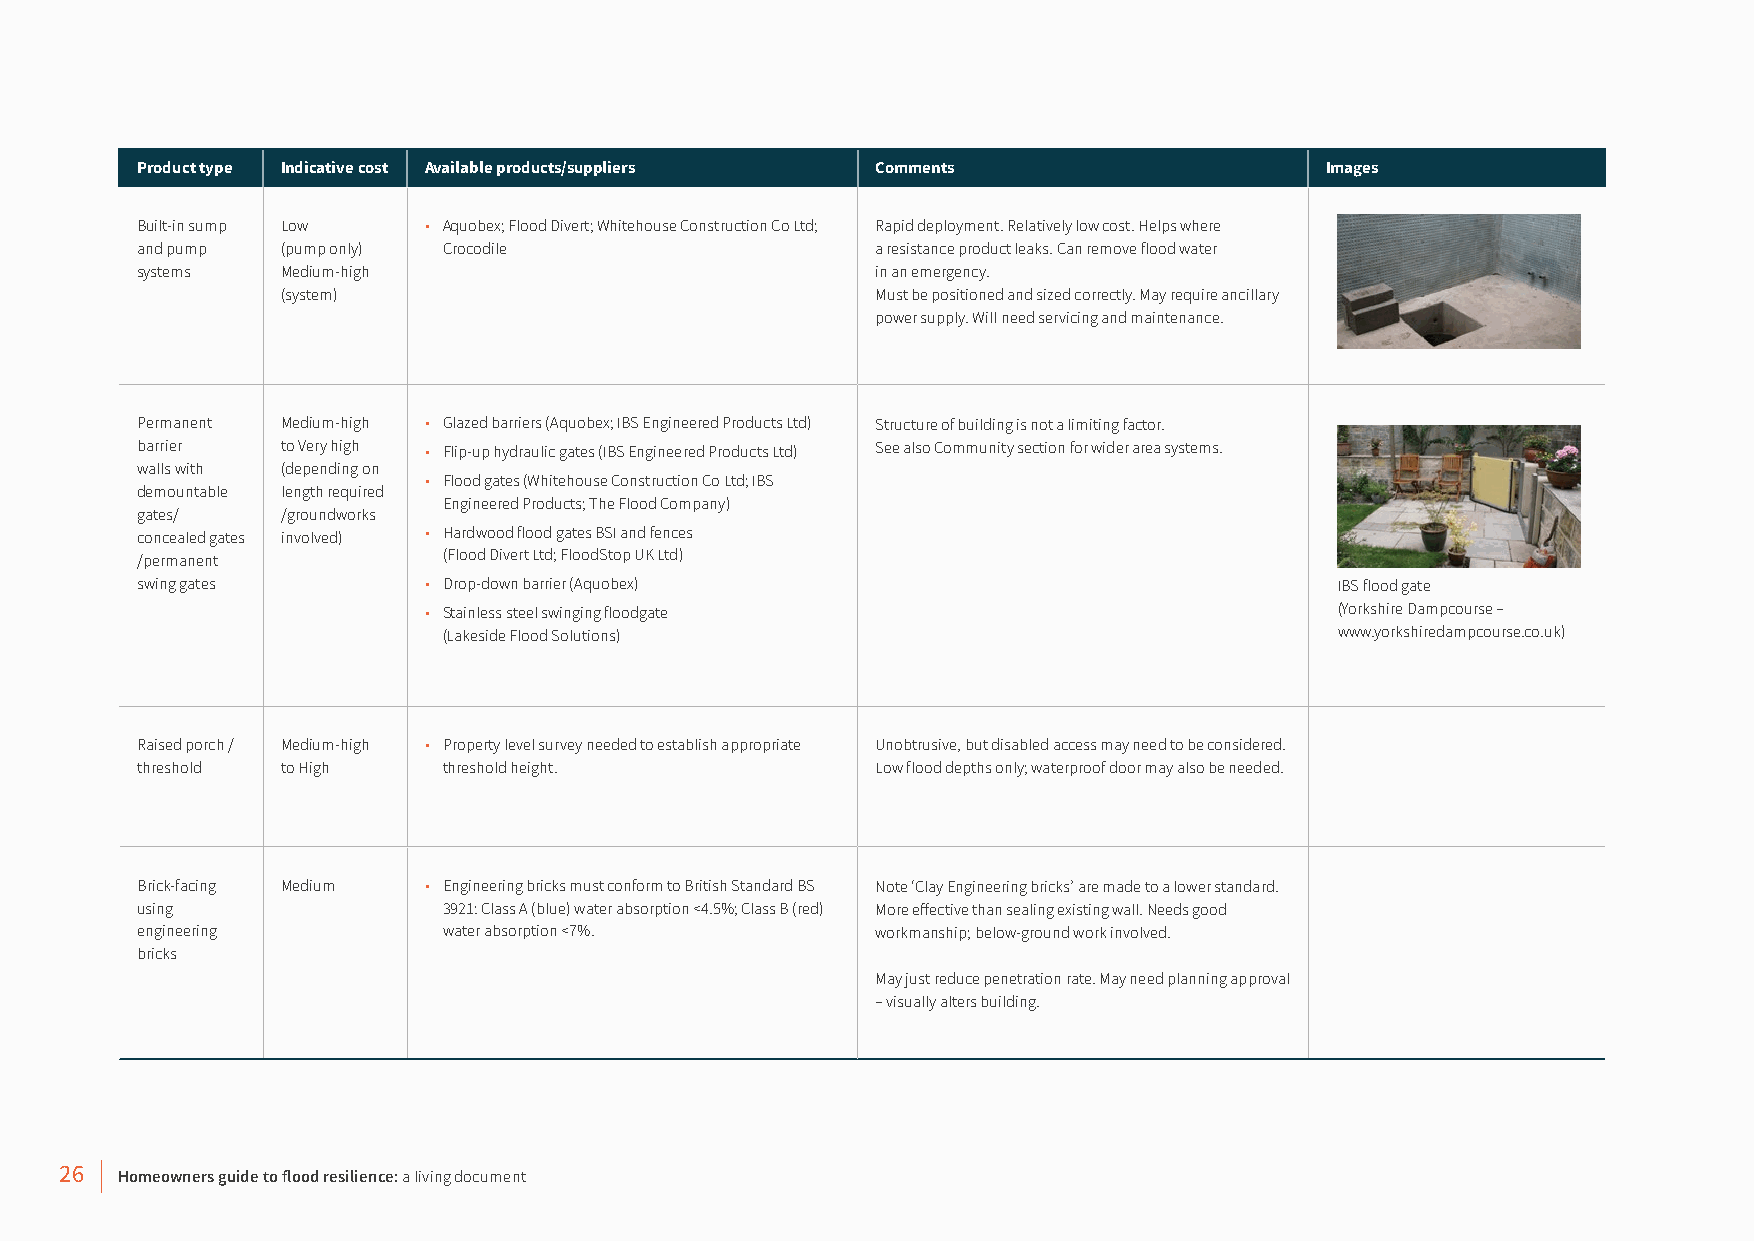
Product type Indicative cost Available products/suppliers Comments             Images
 Built-in sump Low  • Aquobex; Flood Divert; Whitehouse Construction Co Ltd; Rapid deployment. Relatively low cost. Helps where
 and pump  (pump only) Crocodile                  a resistance product leaks. Can remove flood water
 systems   Medium-high                            in an emergency.
 (system)                               Must be positioned and sized correctly. May require ancillary
 power supply. Will need servicing and maintenance.
 Permanent Medium-high • Glazed barriers (Aquobex; IBS Engineered Products Ltd) Structure of building is not a limiting factor.
 barrier   to Very high • Flip-up hydraulic gates (IBS Engineered Products Ltd) See also Community section for wider area systems.
 walls with (depending on
 • Flood gates (Whitehouse Construction Co Ltd; IBS
 demountable length required
 Engineered Products; The Flood Company)
 gates/    /groundworks
 concealed gates involved) • Hardwood flood gates BSI and fences
 /permanent          (Flood Divert Ltd; FloodStop UK Ltd)
 swing gates        • Drop-down barrier (Aquobex)                                IBS flood gate
 • Stainless steel swinging floodgate                         (Yorkshire Dampcourse –
 (Lakeside Flood Solutions)                                  www.yorkshiredampcourse.co.uk)
 Raised porch / Medium-high • Property level survey needed to establish appropriate Unobtrusive, but disabled access may need to be considered.
 threshold to High   threshold height.            Low flood depths only; waterproof door may also be needed.
 Brick-facing Medium • Engineering bricks must conform to British Standard BS Note ‘Clay Engineering bricks’ are made to a lower standard.
 using               3921: Class A (blue) water absorption <4.5%; Class B (red) More effective than sealing existing wall. Needs good
 engineering         water absorption <7%.        workmanship; below-ground work involved.
 bricks
 May just reduce penetration rate. May need planning approval
 – visually alters building.
 26  Homeowners guide to flood resilience: a living document